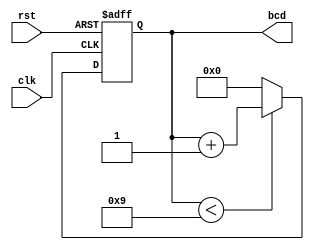
module bcd_counter (
    input wire clk,      // Clock input
    input wire rst,      // Asynchronous reset input
    output reg [3:0] bcd // 4-bit BCD output
);

// Always block triggered on the rising edge of the clock or when reset is asserted
always @(posedge clk or posedge rst) begin
    if (rst) begin
        // If reset is asserted, set the counter to 0
        bcd <= 4'b0000;
    end else begin
        // Increment the counter if it's less than 9
        if (bcd < 4'b1001) begin
            bcd <= bcd + 1;
        end else begin
            // Reset to 0 if the counter reaches 9
            bcd <= 4'b0000;
        end
    end
end

endmodule